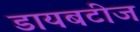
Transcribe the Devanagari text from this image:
डायबटीज